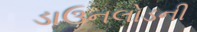
ડાઉનલોડની